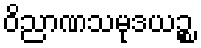
ဝိညာဏသမုဒယဉ္စ